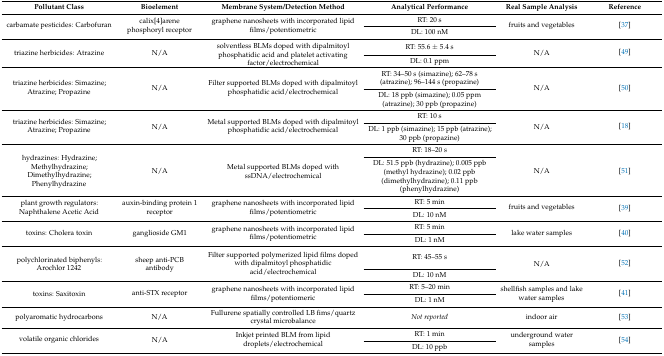
<table><thead><tr><td><b>Pollutant Class</b></td><td><b>Bioelement</b></td><td><b>Membrane System/Detection Method</b></td><td><b>Analytical Performance</b></td><td><b>Real Sample Analysis</b></td><td><b>Reference</b></td></tr></thead><tbody><tr><td rowspan="2">carbamate pesticides: Carbofuran</td><td rowspan="2">calix[4]arene phosphoryl receptor</td><td rowspan="2">graphene nanosheets with incorporated lipid films/potentiometric</td><td>RT: 20 s</td><td rowspan="2">fruits and vegetables</td><td rowspan="2">[37]</td></tr><tr><td>DL: 100 nM</td></tr><tr><td rowspan="2">triazine herbicides: Atrazine</td><td rowspan="2">N/A</td><td rowspan="2">solventless BLMs doped with dipalmitoyl phosphatidic acid and platelet activating factor/electrochemical</td><td>RT: 55.6 ± 5.4 s</td><td rowspan="2">N/A</td><td rowspan="2">[49]</td></tr><tr><td>DL: 0.1 ppm</td></tr><tr><td rowspan="2">triazine herbicides: Simazine; Atrazine; Propazine</td><td rowspan="2">N/A</td><td rowspan="2">Filter supported BLMs doped with dipalmitoyl phosphatidic acid/electrochemical</td><td>RT: 34–50 s (simazine); 62–78 s (atrazine); 96–144 s (propazine)</td><td rowspan="2">N/A</td><td rowspan="2">[50]</td></tr><tr><td>DL: 18 ppb (simazine); 0.05 ppm (atrazine); 30 ppb (propazine)</td></tr><tr><td rowspan="2">triazine herbicides: Simazine; Atrazine; Propazine</td><td rowspan="2">N/A</td><td rowspan="2">Metal supported BLMs doped with dipalmitoyl phosphatidic acid/electrochemical</td><td>RT: 10 s</td><td rowspan="2">N/A</td><td rowspan="2">[18]</td></tr><tr><td>DL: 1 ppb (simazine); 15 ppb (atrazine); 30 ppb (propazine)</td></tr><tr><td rowspan="2">hydrazines: Hydrazine; Methylhydrazine; Dimethylhydrazine; Phenylhydrazine</td><td rowspan="2">N/A</td><td rowspan="2">Metal supported BLMs doped with ssDNA/electrochemical</td><td>RT: 18–20 s</td><td rowspan="2">N/A</td><td rowspan="2">[51]</td></tr><tr><td>DL: 51.5 ppb (hydrazine); 0.005 ppb (methyl hydrazine); 0.02 ppb (dimethylhydrazine); 0.11 ppb (phenylhydrazine)</td></tr><tr><td rowspan="2">plant growth regulators: Naphthalene Acetic Acid</td><td rowspan="2">auxin-binding protein 1 receptor</td><td rowspan="2">graphene nanosheets with incorporated lipid films/potentiometric</td><td>RT: 5 min</td><td rowspan="2">fruits and vegetables</td><td rowspan="2">[39]</td></tr><tr><td>DL: 10 nM</td></tr><tr><td rowspan="2">toxins: Cholera toxin</td><td rowspan="2">ganglioside GM1</td><td rowspan="2">graphene nanosheets with incorporated lipid films/potentiometric</td><td>RT: 5 min</td><td rowspan="2">lake water samples</td><td rowspan="2">[40]</td></tr><tr><td>DL: 1 nM</td></tr><tr><td rowspan="2">polychlorinated biphenyls: Arochlor 1242</td><td rowspan="2">sheep anti-PCB antibody</td><td rowspan="2">Filter supported polymerized lipid films doped with dipalmitoyl phosphatidic acid/electrochemical</td><td>RT: 45–55 s</td><td rowspan="2">N/A</td><td rowspan="2">[52]</td></tr><tr><td>DL: 10 nM</td></tr><tr><td rowspan="2">toxins: Saxitoxin</td><td rowspan="2">anti-STX receptor</td><td rowspan="2">graphene nanosheets with incorporated lipid films/potentiomeric</td><td>RT: 5–20 min</td><td rowspan="2">shellfish samples and lake water samples</td><td rowspan="2">[41]</td></tr><tr><td>DL: 1 nM</td></tr><tr><td>polyaromatic hydrocarbons</td><td>N/A</td><td>Fullurene spatially controlled LB fims/quartz crystal microbalance</td><td><i>Not reported</i></td><td>indoor air</td><td>[53]</td></tr><tr><td rowspan="2">volatile organic chlorides</td><td rowspan="2">N/A</td><td rowspan="2">Inkjet printed BLM from lipid droplets/electrochemical</td><td>RT: 1 min</td><td rowspan="2">underground water samples</td><td rowspan="2">[54]</td></tr><tr><td>DL: 10 ppb</td></tr></tbody></table>